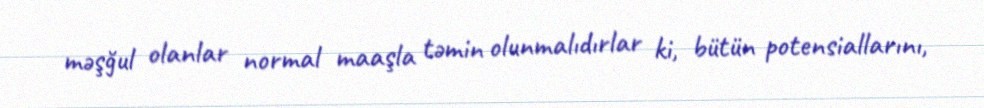
məşğul olanlar normal maaşla təmin olunmalıdırlar ki, bütün potensiallarını,